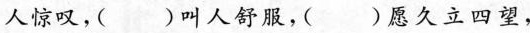
人惊叹，（ ）叫人舒服，( )愿久立四望，